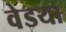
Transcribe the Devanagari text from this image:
वेडया